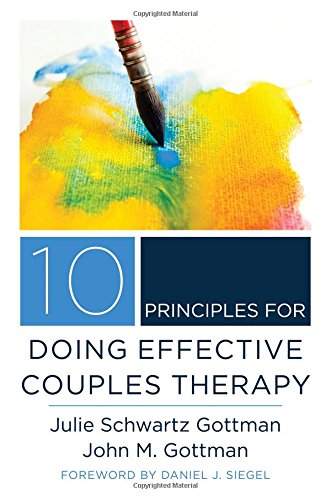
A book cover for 10 Principles for Doing Effective Couples Therapy (Norton Series on Interpersonal Neurobiology); Julie Schwartz Gottman; Medical Books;